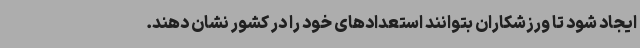
ایجاد شود تا ورزشکاران بتوانند استعدادهای خود را در کشور نشان دهند.